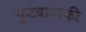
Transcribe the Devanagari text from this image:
फुटबाल्स्की